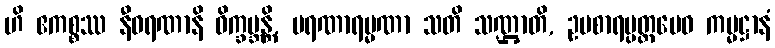
ဟိ ဧကစ္စဿ နီဝရဏာနိ ဝိက္ခမ္ဘန္တိ, မရဏာရမ္မဏာ သတိ သဏ္ဌာတိ, ဥပစာရပ္ပတ္တမေဝ ကမ္မဋ္ဌာနံ